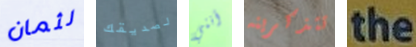
لثمان لصديقك أنني تتذكرينه the